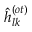
\hat { h } _ { l k } ^ { ( o t ) }